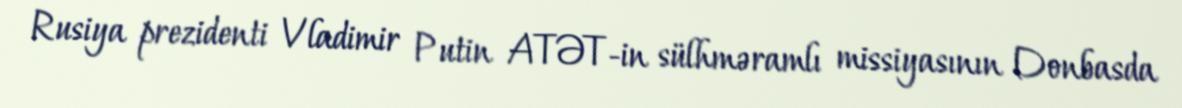
Rusiya prezidenti Vladimir Putin ATƏT-in sülhməramlı missiyasının Donbasda